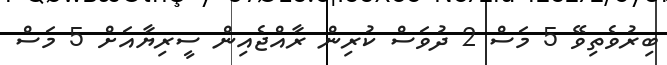
ބިރުވެތިވޭ 5 މަސް 2 ދުވަސް ކުރިން ރާއްޖެއިން ސީރިޔާއަށް 5 މަސް